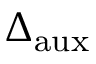
\Delta _ { \mathrm { a u x } }